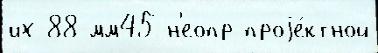
их 88-мм45 н'еопр проjе́ктной